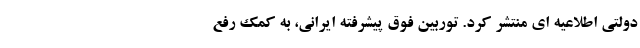
دولتی اطلاعیه ای منتشر کرد. توربین فوق پیشرفته ایرانی، به کمک رفع